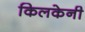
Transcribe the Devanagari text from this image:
किलकेनी